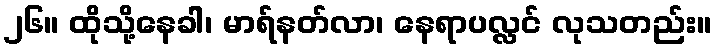
၂၆။ ထိုသို့နေခါ၊ မာရ်နတ်လာ၊ နေရာပလ္လင် လုသတည်း။